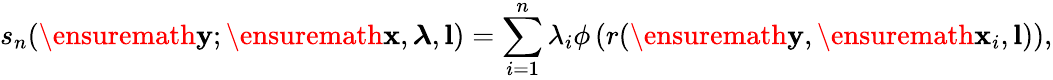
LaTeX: s_{n}(\ensuremath{\mathbf{y}};\ensuremath{\mathbf{x}},\boldsymbol{\lambda},\mathbf{l})=\sum_{i=1}^{n}\lambda_{i}\phi\left(r(\ensuremath{\mathbf{y}},\ensuremath{\mathbf{x}}_{i},\textbf{l})\right),